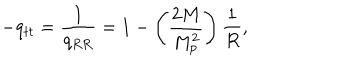
LaTeX: - q _ { t t } = \frac { 1 } { q _ { R R } } = 1 - \left( \frac { 2 M } { M _ { p } ^ { 2 } } \right) \frac { 1 } { R } ,